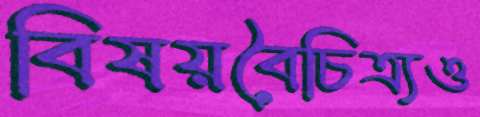
বিষয়বৈচিত্র্যও